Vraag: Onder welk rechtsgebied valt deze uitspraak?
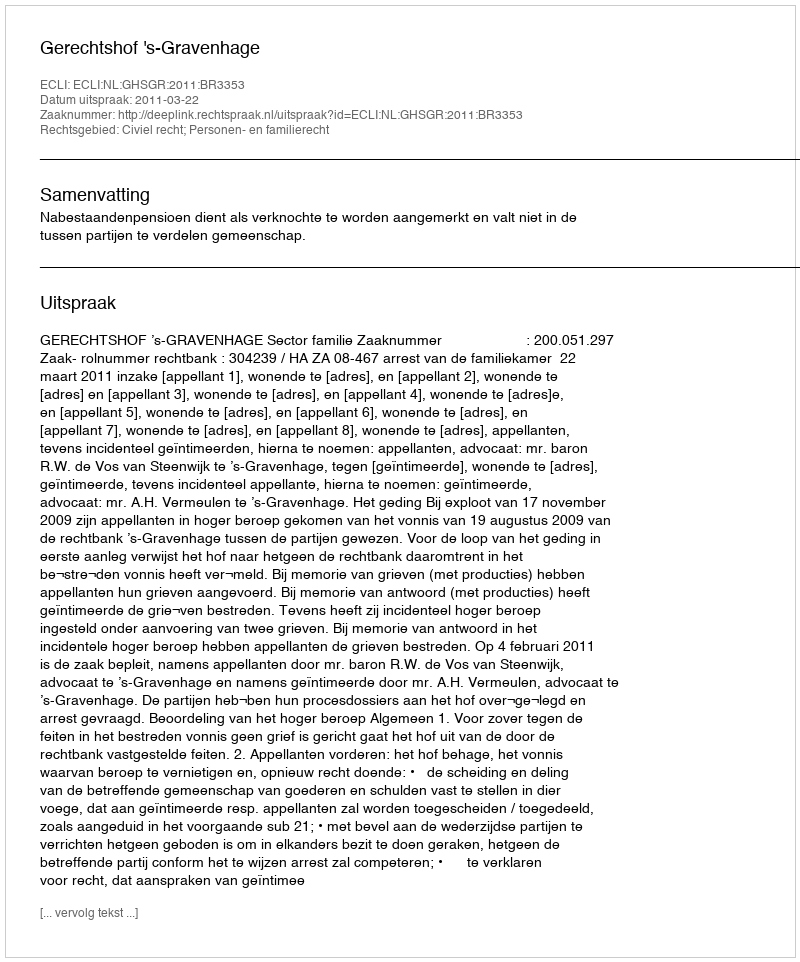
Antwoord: Civiel recht; Personen- en familierecht